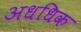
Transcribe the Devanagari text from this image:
अधधिक